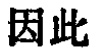
因此